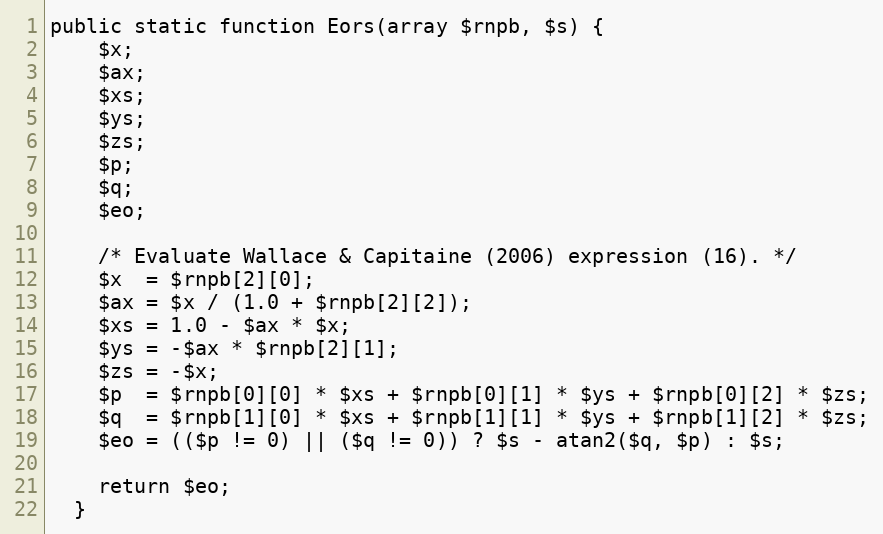
Language: PHP
public static function Eors(array $rnpb, $s) {
    $x;
    $ax;
    $xs;
    $ys;
    $zs;
    $p;
    $q;
    $eo;

    /* Evaluate Wallace & Capitaine (2006) expression (16). */
    $x  = $rnpb[2][0];
    $ax = $x / (1.0 + $rnpb[2][2]);
    $xs = 1.0 - $ax * $x;
    $ys = -$ax * $rnpb[2][1];
    $zs = -$x;
    $p  = $rnpb[0][0] * $xs + $rnpb[0][1] * $ys + $rnpb[0][2] * $zs;
    $q  = $rnpb[1][0] * $xs + $rnpb[1][1] * $ys + $rnpb[1][2] * $zs;
    $eo = (($p != 0) || ($q != 0)) ? $s - atan2($q, $p) : $s;

    return $eo;
  }